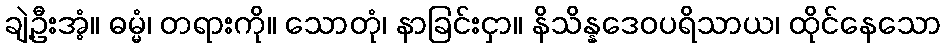
ချဲ့ဦးအံ့။ ဓမ္မံ၊ တရားကို။ သောတုံ၊ နာခြင်းငှာ။ နိသိန္နဒေဝပရိသာယ၊ ထိုင်နေသော